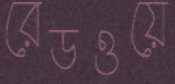
রেডওয়ে